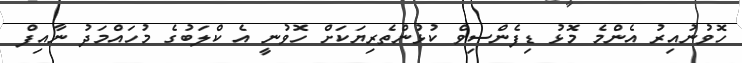
ހޮވުނުއިރު އެންމެ މޮޅު ޑިފެންސިވް ކުޅުންތެރިޔަކަށް ހޮވުނީ އެ ކްލަބުގެ މުހައްމަދު ނާއިފް